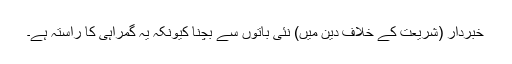
خبردار (شریعت کے خلاف دین میں) نئی باتوں سے بچنا کیونکہ یہ گمراہی کا راستہ ہے۔